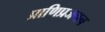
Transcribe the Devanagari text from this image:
प्राणिप्रजनन